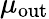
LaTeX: \mu_{\mathrm{out}}